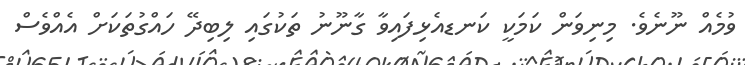
ވުމެއް ނޫނެވެ. މިނިވަން ކަމަކީ ކަނޑއެޅިފައިވާ ގާނޫނު ތަކުގައި ލިބިދޭ ހައްގުތަކަށް އެއްވެސް